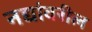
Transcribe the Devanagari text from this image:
नद्यांवरील